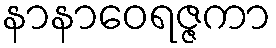
နာနာဝေရဇ္ဇကာ